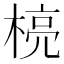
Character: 𪳄